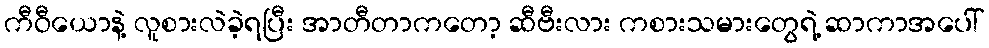
ကီဝီယောနဲ့ လူစားလဲခဲ့ရပြီး အာတီတာကတော့ ဆီဗီးလား ကစားသမားတွေရဲ့ ဆာကာအပေါ်